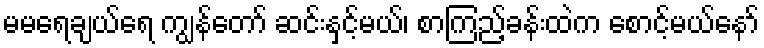
မမရေချယ်ရေ ကျွန်တော် ဆင်းနှင့်မယ်၊ စာကြည့်ခန်းထဲက စောင့်မယ်နော်